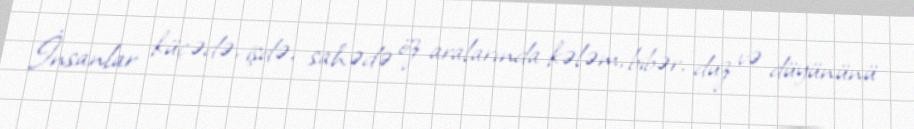
İnsanlar küçədə, işdə, sahədə öz aralarında kələm, bibər, duz və düyününü